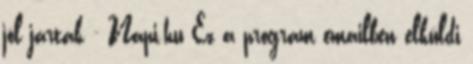
jól jártak - Napi.hu Ez a program emailben elküldi